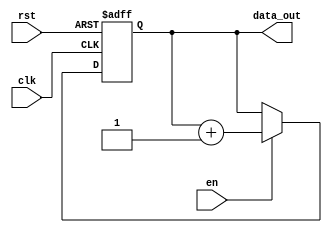
`timescale 1ns/1ps

module bin_counter #(parameter   COUNTER_WIDTH = 4)
   (
	input 			                rst, //Count reset.
	input 			                clk,
	input 			                en, //Count enable.
	output reg [COUNTER_WIDTH-1:0] 	data_out
	);
	   
   	always @ (posedge clk or posedge rst)
		if (rst)
		    data_out <= 0;  
		else if (en)
		    data_out <= data_out + 1'b1;
   
endmodule